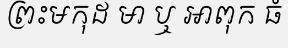
ព្រះមកុដ មា ឬ អាពុក ធំ